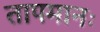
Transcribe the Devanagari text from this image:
तापमानः